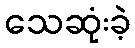
သေဆုံးခဲ့